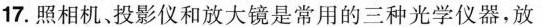
17.照相机、投影仪和放大镜是常用的三种光学仪器，放